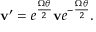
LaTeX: \mathbf { v } ^ { \prime } = e ^ { \frac { { \boldsymbol { \Omega } } \theta } { 2 } } \mathbf { v } e ^ { - { \frac { { \boldsymbol { \Omega } } \theta } { 2 } } } .